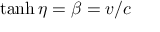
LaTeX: \operatorname { t a n h } \eta = \beta = v / c